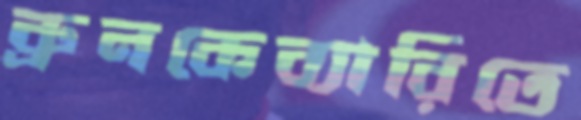
ব্রুনকেব্যারিতে